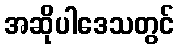
အဆိုပါဒေသတွင်